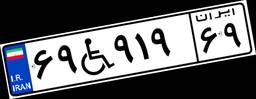
۱۰W۲۵۵۷۸